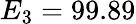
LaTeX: E_{3}=99.89